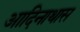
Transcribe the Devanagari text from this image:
आदिनाथास